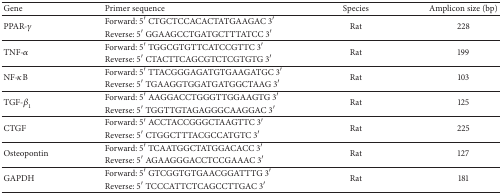
<table><thead><tr><td><b>Gene</b></td><td><b>Primer sequence</b></td><td><b>Species</b></td><td><b>Amplicon size (bp)</b></td></tr></thead><tbody><tr><td rowspan="2">PPAR-<i>γ</i></td><td>Forward: 5′ CTGCTCCACACTATGAAGAC 3′</td><td rowspan="2">Rat</td><td rowspan="2">228</td></tr><tr><td>Reverse: 5′ GGAAGCCTGATGCTTTATCC 3′</td></tr><tr><td rowspan="2">TNF-<i>α</i></td><td>Forward: 5′ TGGCGTGTTCATCCGTTC 3′</td><td rowspan="2">Rat</td><td rowspan="2">199</td></tr><tr><td>Reverse: 5′ CTACTTCAGCGTCTCGTGTG 3′</td></tr><tr><td rowspan="2">NF-<i>κ</i>B</td><td>Forward: 5′ TTACGGGAGATGTGAAGATGC 3′</td><td rowspan="2">Rat</td><td rowspan="2">103</td></tr><tr><td>Reverse: 5′ TGAAGGTGGATGATGGCTAAG 3′</td></tr><tr><td rowspan="2">TGF-<i>β</i><sub>1</sub></td><td>Forward: 5′ AAGGACCTGGGTTGGAAGTG 3′</td><td rowspan="2">Rat</td><td rowspan="2">125</td></tr><tr><td>Reverse: 5′ TGGTTGTAGAGGGCAAGGAC 3′</td></tr><tr><td rowspan="2">CTGF</td><td>Forward: 5′ ACCTACCGGGCTAAGTTC 3′</td><td rowspan="2">Rat</td><td rowspan="2">225</td></tr><tr><td>Reverse: 5′ CTGGCTTTACGCCATGTC 3′</td></tr><tr><td rowspan="2">Osteopontin</td><td>Forward: 5′ TCAATGGCTATGGACACC 3′</td><td rowspan="2">Rat</td><td rowspan="2">127</td></tr><tr><td>Reverse: 5′ AGAAGGGACCTCCGAAAC 3′</td></tr><tr><td rowspan="2">GAPDH</td><td>Forward: 5′ GTCGGTGTGAACGGATTTG 3′</td><td rowspan="2">Rat</td><td rowspan="2">181</td></tr><tr><td>Reverse: 5′ TCCCATTCTCAGCCTTGAC 3′</td></tr></tbody></table>